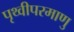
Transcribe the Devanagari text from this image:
पृथ्वीपरमाणु